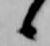
候